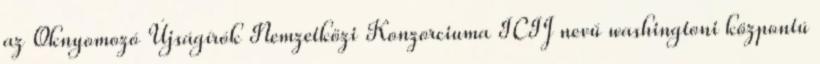
az Oknyomozó Újságírók Nemzetközi Konzorciuma ICIJ nevű washingtoni központú